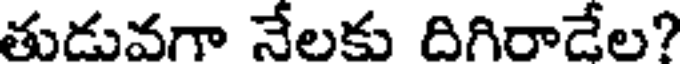
తుడువగా నేలకు దిగిరాడేల?